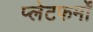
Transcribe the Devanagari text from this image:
प्‍लेटफर्मों